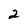
Character: 2